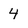
Character: 4